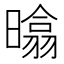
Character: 㬛